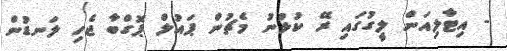
- އިޓާލިއަން ލީގުގައި ރޭ ކުޅުނު މެޗުން ޕައުލް ޕޮގްބާ ޖެހި ލަނޑުން